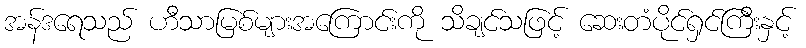
အန်ဒရေသည် ဟီသာမြစ်များအကြောင်းကို သိချင်သဖြင့် ဆေးတံပိုင်ရှင်ကြီးနှင့်